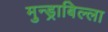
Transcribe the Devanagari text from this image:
मुन्ड्राबिल्ला